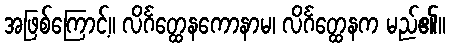
အဖြစ်ကြောင့်။ လိင်္ဂတ္ထေနကောနာမ၊ လိင်္ဂတ္ထေနက မည်၏။